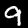
Label: 9